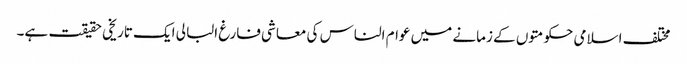
مختلف اسلامی حکومتوں کے زمانے میں عوام الناس کی معاشی فارغ البالی ایک تاریخی حقیقت ہے۔